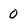
Character: O